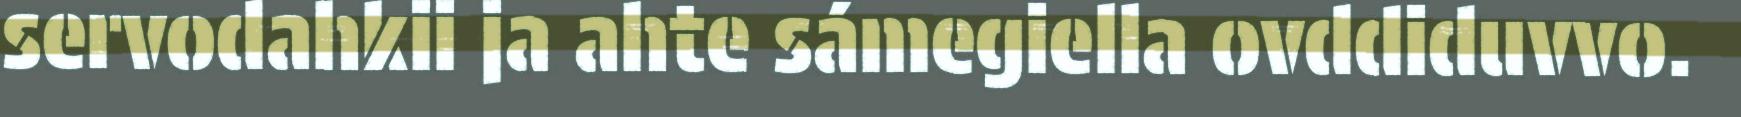
servodahkii ja ahte sámegiella ovddiduvvo.